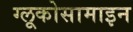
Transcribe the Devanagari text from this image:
ग्लूकोसामाइन